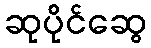
ဆုပိုင်ဆွေ